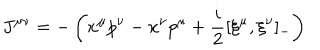
J ^ { \mu \nu } = - \left( x ^ { \mu } p ^ { \nu } - x ^ { \nu } p ^ { \mu } + \frac { i } { 2 } [ \xi ^ { \mu } , \xi ^ { \nu } ] _ { - } \right)